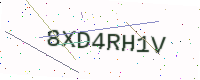
Text: 8XD4RH1V